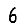
Digit: 6